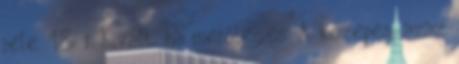
jele. 18. r. Kivált, ha merőleges. A közepes, azaz